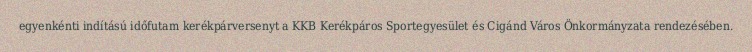
egyenkénti indítású időfutam kerékpárversenyt a KKB Kerékpáros Sportegyesület és Cigánd Város Önkormányzata rendezésében.